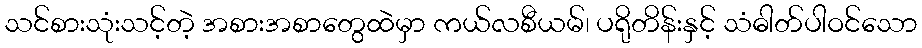
သင်စားသုံးသင့်တဲ့ အစားအစာတွေထဲမှာ ကယ်လစီယမ်၊ ပရိုတိန်းနှင့် သံဓါတ်ပါဝင်သော